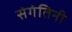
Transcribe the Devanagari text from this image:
सेगंतिनी